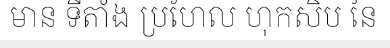
មាន ទីតាំង ប្រហែល ហុកសិប នៃ